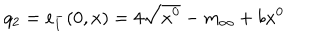
LaTeX: q _ { 2 } = e _ { 1 } ^ { - } ( 0 , x ) = 4 \sqrt { x ^ { 0 } } - m _ { \infty } + b x ^ { 0 }